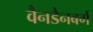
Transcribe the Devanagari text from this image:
वैनडैनबर्ग